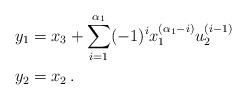
LaTeX: \begin{align*}\begin{aligned}y_1&=x_3+\sum_{i=1}^{\alpha_1}(-1)^ix_1^{(\alpha_1-i)}u_2^{(i-1)}\\y_2&=x_2\,.\end{aligned}\end{align*}